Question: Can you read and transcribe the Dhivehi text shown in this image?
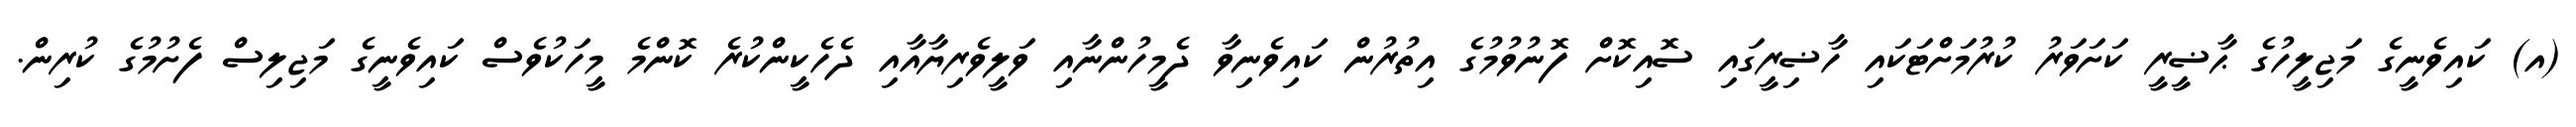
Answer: (އ) ކައިވެނީގެ މަޖިލީހުގެ ޙާޟީރީ ކަށަވަރު ކުރުމަށްޓަކައި ހާޟިރީގައި ސޮއިކޮށް ފޮނުވުމުގެ އިތުރުން ކައިވެނިވާ ދެމީހުންނާއި ވަލީވެރިޔާއާއި ދެހެކީންކުރެ ކޮންމެ މީހަކުވެސް ކައިވެނީގެ މަޖިލިސް ފެށުމުގެ ކުރިން.